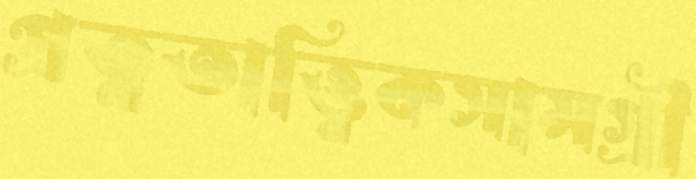
প্রত্নতাত্ত্বিকসামগ্রী